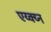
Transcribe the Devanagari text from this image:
एय्क्य्न